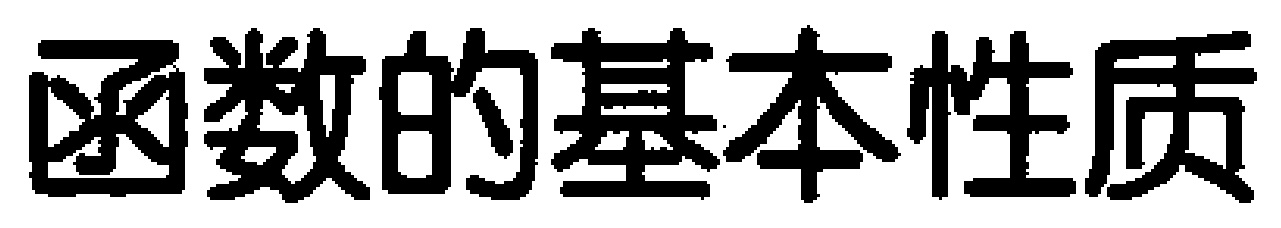
函数的基本性质